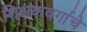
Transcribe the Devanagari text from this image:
शिक्षकवर्गाचे